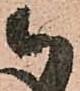
被